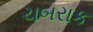
ચબરાક